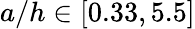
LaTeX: a/h\in[0.33,5.5]